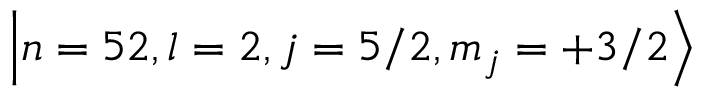
{ \left| n = 5 2 , l = 2 , j = 5 / 2 , m _ { j } = + 3 / 2 \right\rangle }